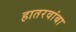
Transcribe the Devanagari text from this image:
हातरवांबा